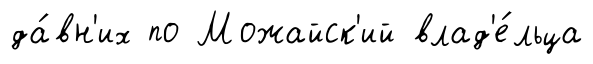
да́вн'их по Можайск'ий влад'е́льца